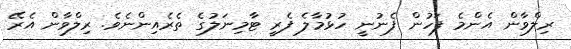
ރިލްވާން އެންމެ ފަހުން ފެނުނީ ހުޅުމާލެ ފެރީ ޓާމިނަލުގެ ތެރެއިންނެވެ. ރިލްވާން އެރޭ